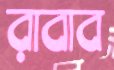
রাবাব